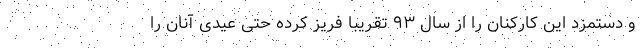
و دستمزد این کارکنان را از سال ۹۳ تقریبا فریز کرده حتی عیدی آنان را